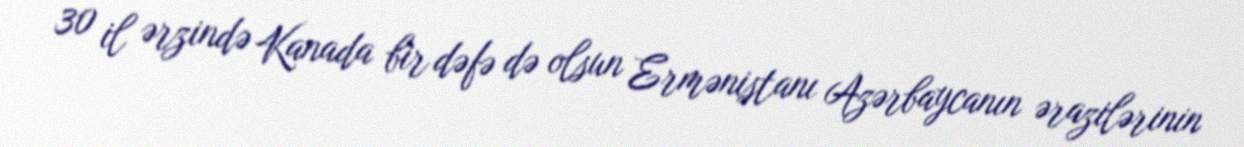
30 il ərzində Kanada bir dəfə də olsun Ermənistanı Azərbaycanın ərazilərinin